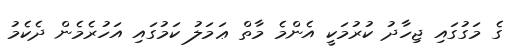
ގެ މަގުގައި ޖިހާދު ކުރުމަކީ އެންމެ މާތް ޢަމަލު ކަމުގައި އަހުރެމެން ދެކެމު